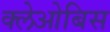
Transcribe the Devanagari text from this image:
क्लेओबिस